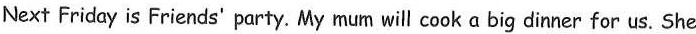
Next Friday is Friends' party. My mum will cook a big dinner for us. She